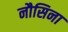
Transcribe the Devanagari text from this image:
नौसिना